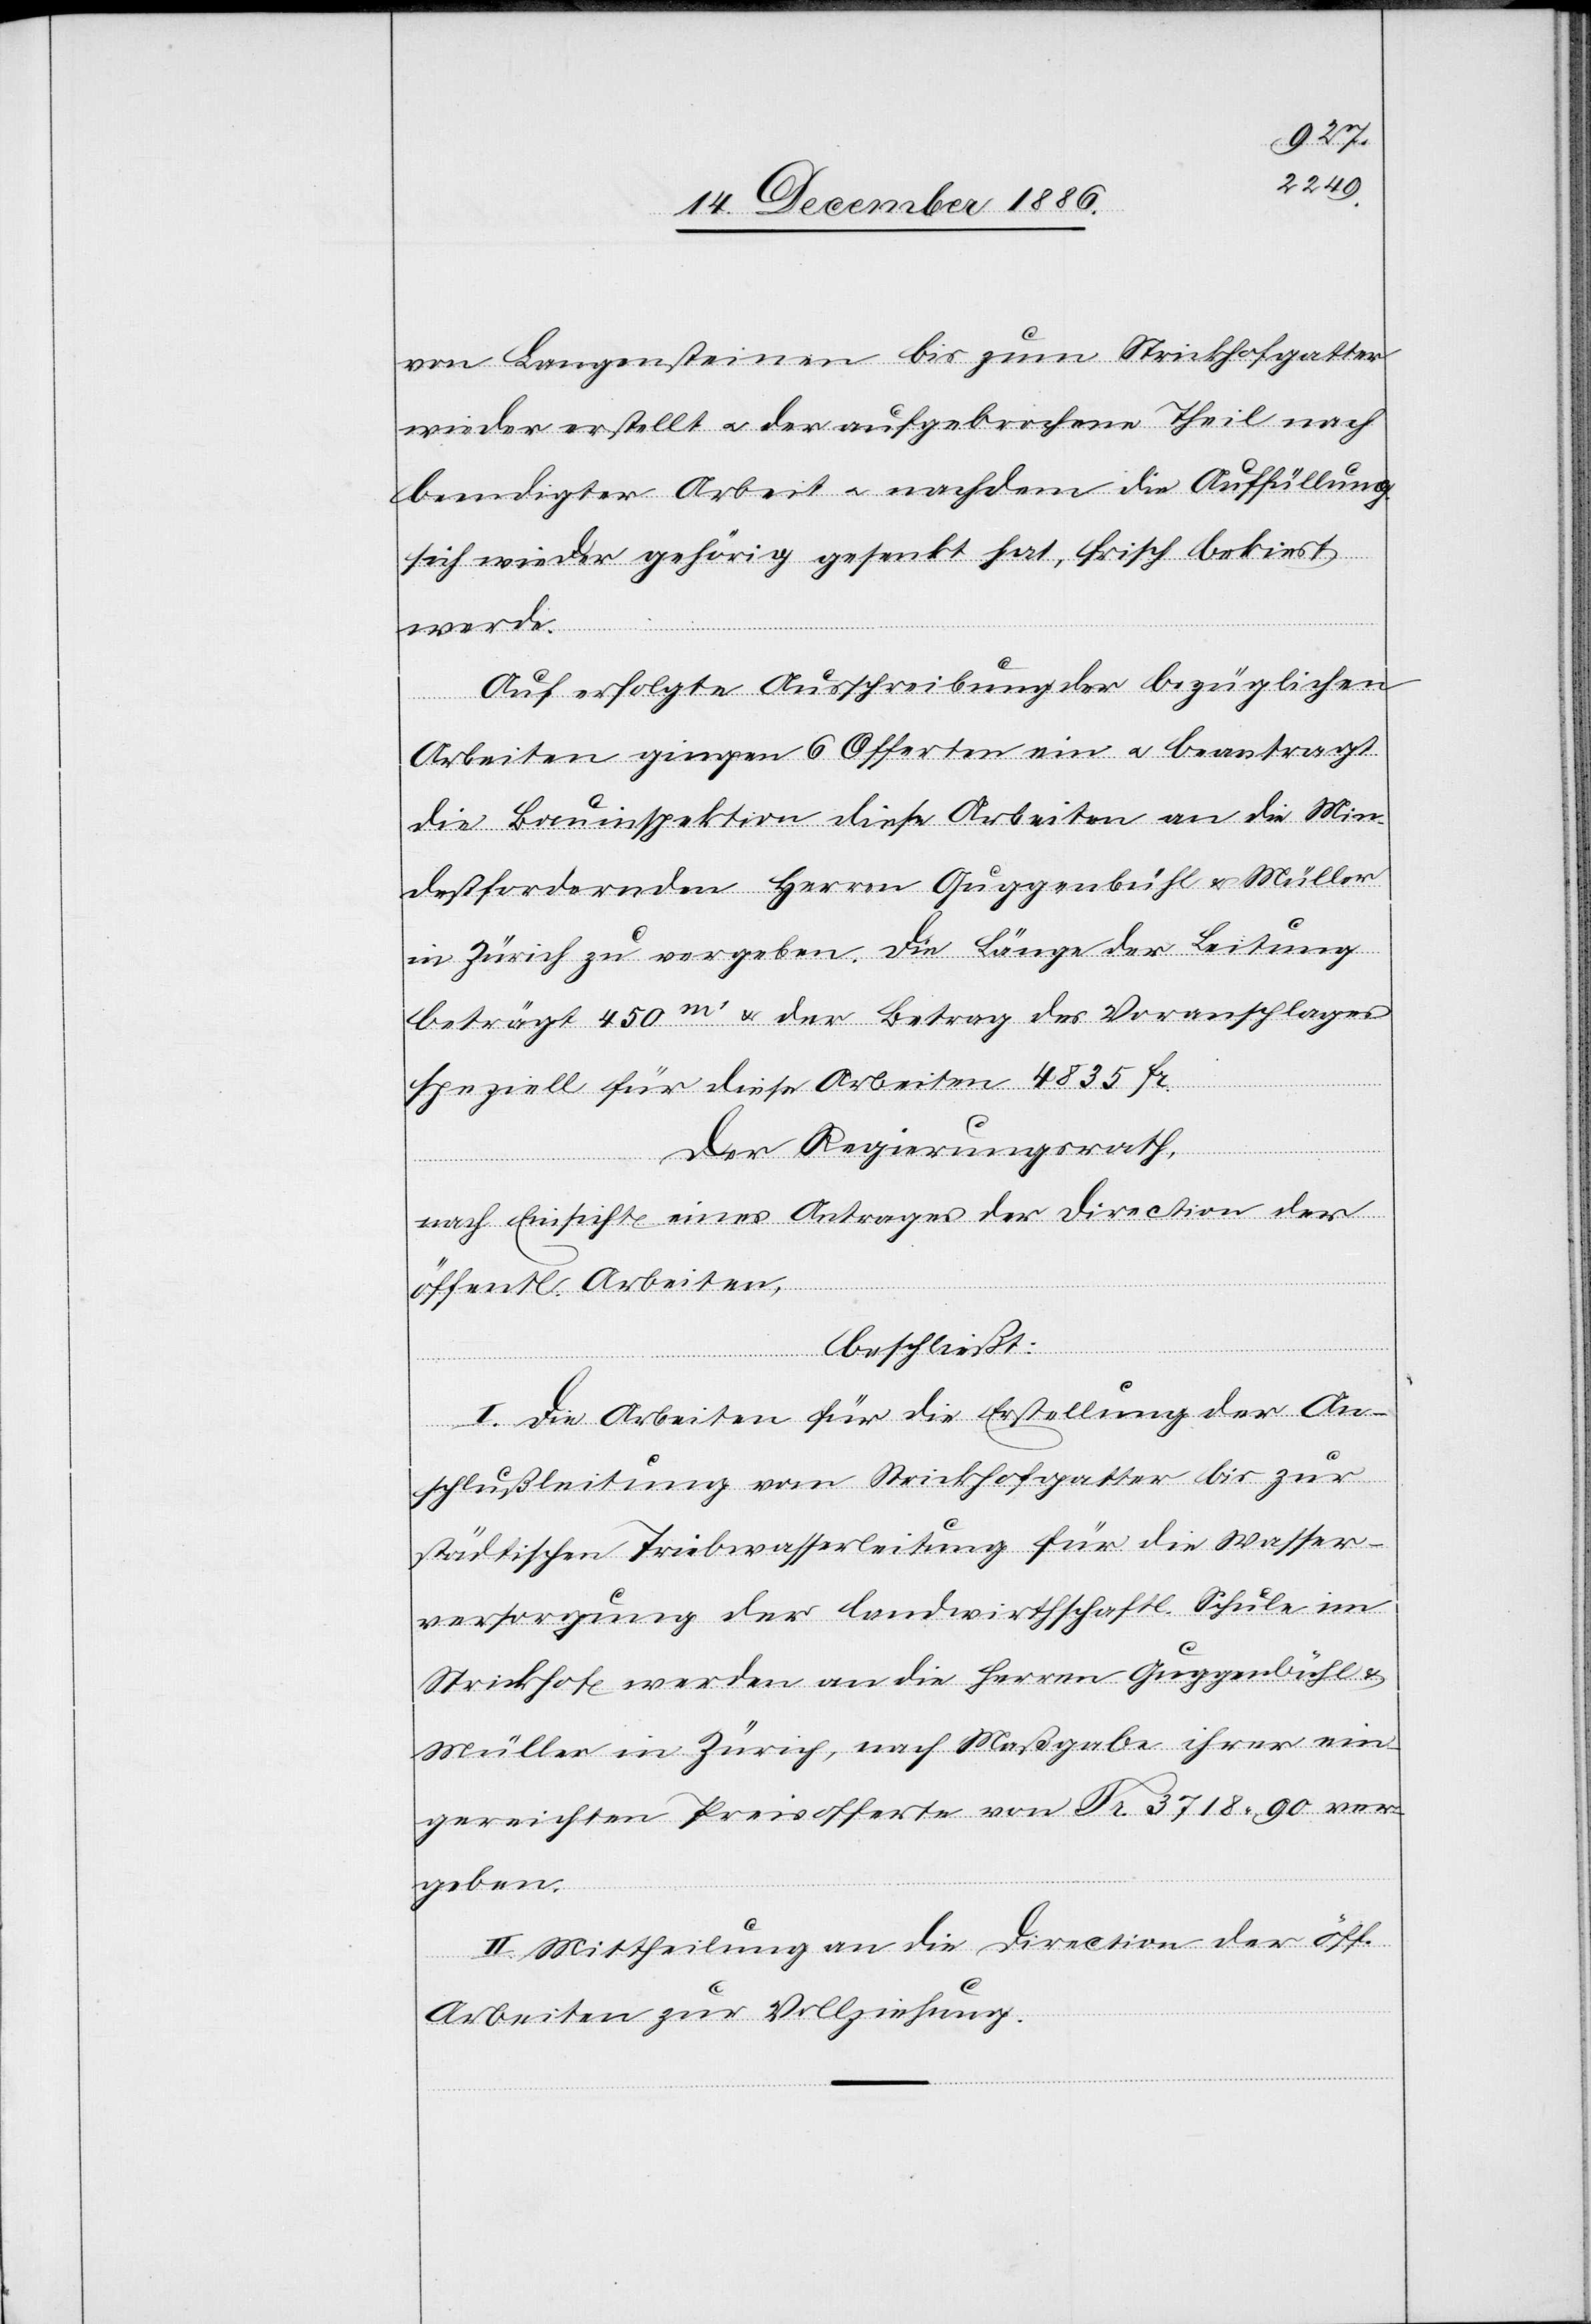
von Langensteinen bis zum Strickhofgatter
wieder erstellt & der aufgebrochene Theil nach
beendigter Arbeit & nachdem die Auffüllung
sich wieder gehörig gesenkt hat, frisch bekiest
werde.
Auf erfolgte Ausschreibung der bezüglichen
Arbeiten gingen 6 Offerten ein & beantragt
die Bauinspektion diese Arbeiten an die Min¬
destfordernden Herren Guggenbühl & Müller
in Zürich zu vergeben. Die Länge der Leitung
beträgt 450m‘ & der Betrag des Voranschlages
speziell für diese Arbeiten 4835 Fr.
Der Regierungsrath,
nach Einsicht eines Antrages der Direction der
öffentl. Arbeiten,
beschließt:
I. Die Arbeiten für die Erstellung der An¬
schlußleitung vom Strickhofgatter bis zur
städtischen Triebwasserleitung für die Wasser¬
versorgung der landwirthschaftl. Schule im
Strickhof werden an die Herren Guggenbühl &
Müller in Zürich, nach Maßgabe ihrer ein¬
gereichten Preisofferte von Fr. 3718 90 ver¬
geben.
II. Mittheilung an die Direction der öff.
Arbeiten zur Vollziehung.